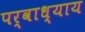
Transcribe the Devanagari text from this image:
पर्वाध्याय